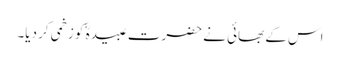
اس کے بھائی نے حضرت عبیدہؓ کو زخمی کر دیا۔